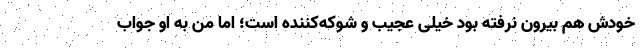
خودش هم بیرون نرفته بود خیلی عجیب و شوکه‌کننده است؛ اما من به او جواب